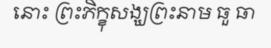
នោះ ព្រះភិក្ខុសង្ឃព្រះនាម ធួ ធា